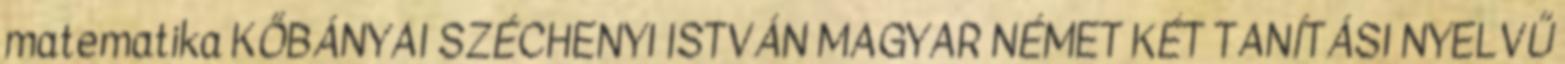
matematika KŐBÁNYAI SZÉCHENYI ISTVÁN MAGYAR NÉMET KÉT TANÍTÁSI NYELVŰ